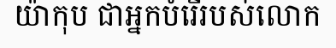
យ៉ាកុប ជាអ្នកបំរើរបស់លោក